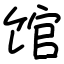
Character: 馆